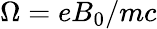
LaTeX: \Omega=eB_{0}/mc